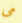
مى